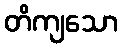
တိကျသော